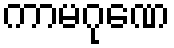
ကာမဂုဏေ